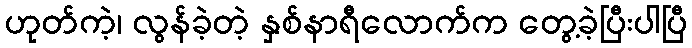
ဟုတ်ကဲ့၊ လွန်ခဲ့တဲ့ နှစ်နာရီလောက်က တွေ့ခဲ့ပြီးပါပြီ